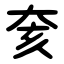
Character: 奒